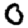
Digit: 0